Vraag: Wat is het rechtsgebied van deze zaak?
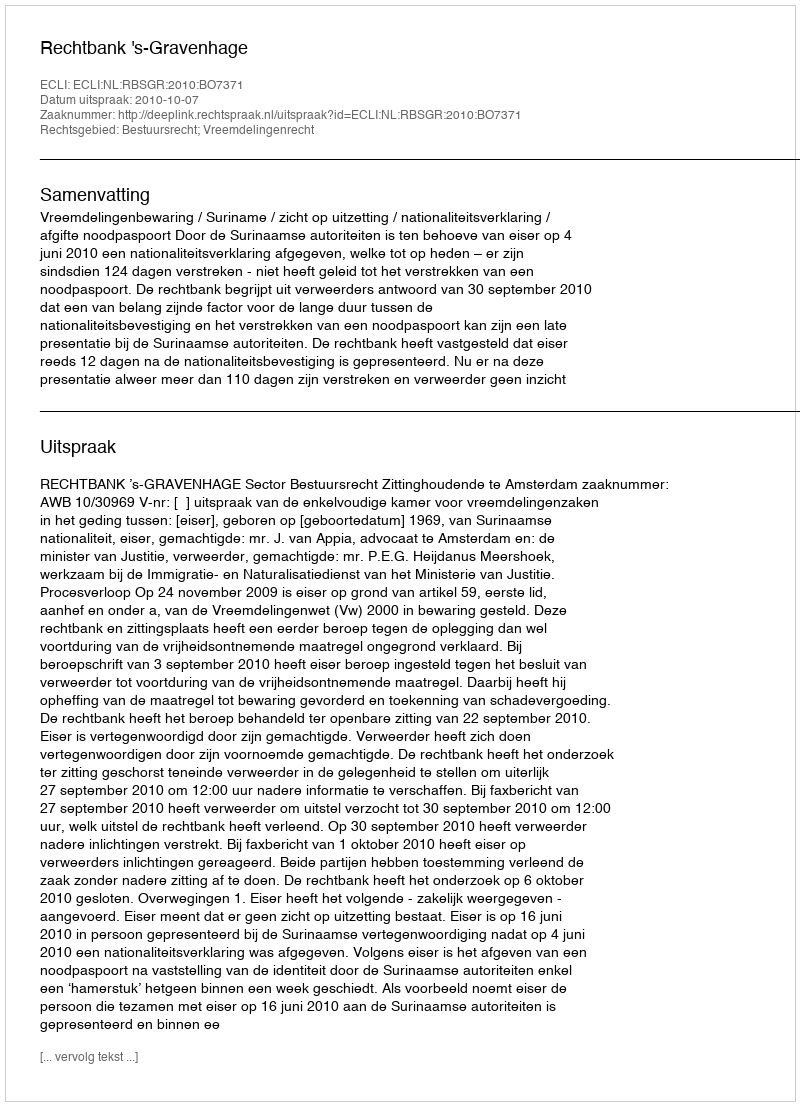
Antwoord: Bestuursrecht; Vreemdelingenrecht